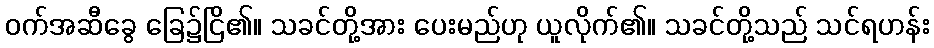
ဝက်အဆီခွေ ခြေ၌ငြိ၏။ သခင်တို့အား ပေးမည်ဟု ယူလိုက်၏။ သခင်တို့သည် သင်ရဟန်း